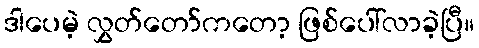
ဒါပေမဲ့ လွှတ်တော်ကတော့ ဖြစ်ပေါ်လာခဲ့ပြီ။